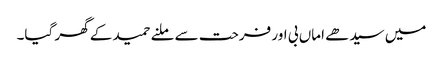
میں سیدھے اماں بی اور فرحت سے ملنے حمید کے گھر گیا۔